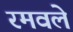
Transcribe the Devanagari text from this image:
रमवले